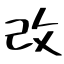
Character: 改